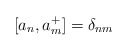
\begin{align*}[a_{n},a_{m}^{+}] = \delta_{nm}\end{align*}